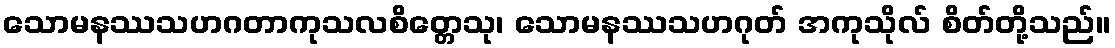
သောမနဿသဟဂတာကုသလစိတ္တေသု၊ သောမနဿသဟဂုတ် အကုသိုလ် စိတ်တို့သည်။